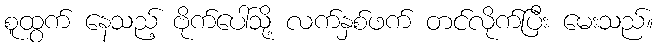
စူထွက် နေသည့် ဗိုက်ပေါ်သို့ လက်နှစ်ဖက် တင်လိုက်ပြီး မေးသည်။